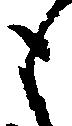
も